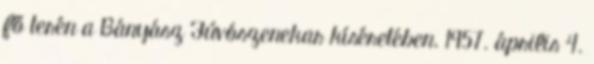
fő terén a Bányász Fúvószenekar kíséretében. 1957. április 4.